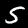
Label: 5